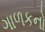
ગાળકનો